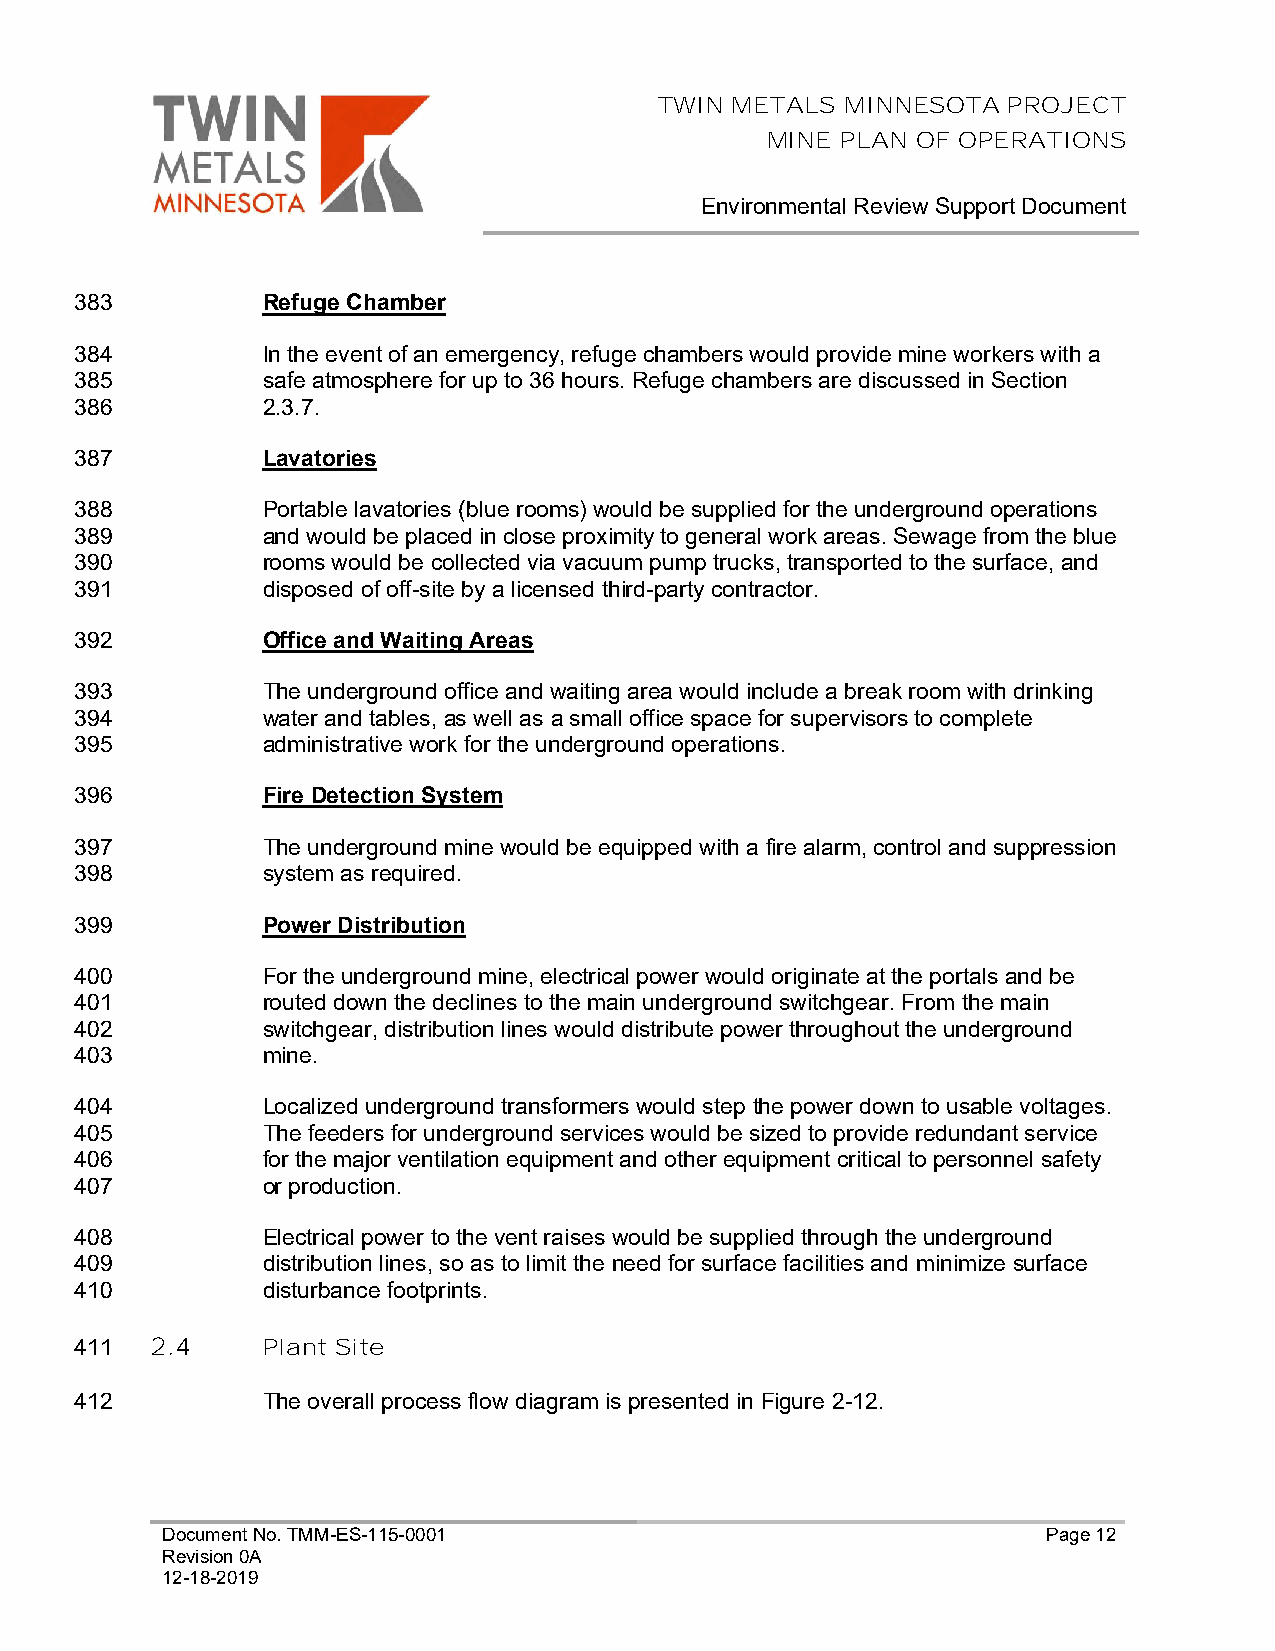
TWIN METALS MINNESOTA  PROJECT
 MINE PLAN OF OPERATIONS
 Environmental Review Support Document
 383         Refuge Chamber
 384         In the event of an emergency, refuge chambers would provide mine workers with a
 385         safe atmosphere for up to 36 hours. Refuge chambers are discussed in Section
 386         2.3.7.
 387         Lavatories
 388         Portable lavatories (blue rooms) would be supplied for the underground operations
 389         and would be placed in close proximity to general work areas. Sewage from the blue
 390         rooms would be collected via vacuum pump trucks, transported to the surface, and
 391         disposed of off-site by a licensed third-party contractor.
 392         Office and Waiting Areas
 393         The underground office and waiting area would include a break room with drinking
 394         water and tables, as well as a small office space for supervisors to complete
 395         administrative work for the underground operations.
 396         Fire Detection System
 397         The underground mine would be equipped with a fire alarm, control and suppression
 398         system as required.
 399         Power Distribution
 400         For the underground mine, electrical power would originate at the portals and be
 401         routed down the declines to the main underground switchgear. From the main
 402         switchgear, distribution lines would distribute power throughout the underground
 403         mine.
 404         Localized underground transformers would step the power down to usable voltages.
 405         The feeders for underground services would be sized to provide redundant service
 406         for the major ventilation equipment and other equipment critical to personnel safety
 407         or production.
 408         Electrical power to the vent raises would be supplied through the underground
 409         distribution lines, so as to limit the need for surface facilities and minimize surface
 410         disturbance footprints.
 411  2.4    Plant Site
 412         The overall process flow diagram is presented in Figure 2-12.
 Document No. TMM-ES-115-0001                              Page 12
 Revision 0A
 12-18-2019